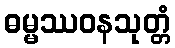
ဓမ္မဿဝနသုတ္တံ